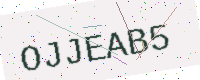
Text: OJJEAB5